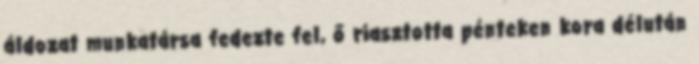
áldozat munkatársa fedezte fel, ő riasztotta pénteken kora délután